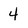
Character: 4